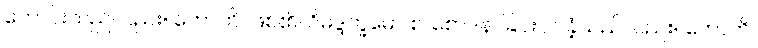
ကောင်းသည်လည်း။ ဟောတိ၊ ဖြစ်၏။ ဝိမဒ္ဒက္ခမော စ၊ စောဒနာခြင်းငှာ ခံ့သည်လည်း။ ဟောတိ၊